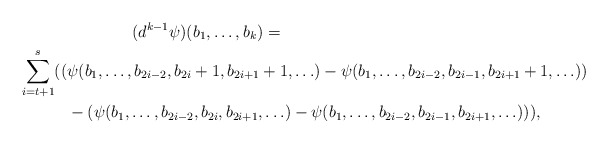
\begin{align*}& \qquad\qquad(d^{k-1} \psi)(b_1, \ldots, b_{k}) =\\ \sum_{i=t+1}^{s} ((& \psi(b_1,\ldots,b_{2i-2},{b_{2i}+1}, b_{2i+1}+1, \ldots)-\psi(b_1,\ldots,b_{2i-2},{b_{2i-1}}, b_{2i+1}+1, \ldots))\\ & - (\psi(b_1,\ldots,b_{2i-2},{b_{2i}},b_{2i+1}, \ldots)- \psi(b_1,\ldots,b_{2i-2},{b_{2i-1}},b_{2i+1}, \ldots))),\end{align*}